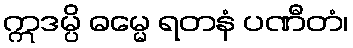
ဣဒမ္ပိ ဓမ္မေ ရတနံ ပဏီတံ၊